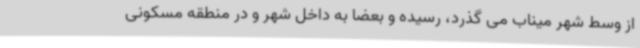
از وسط شهر میناب می گذرد، رسیده و بعضا به داخل شهر و در منطقه مسکونی